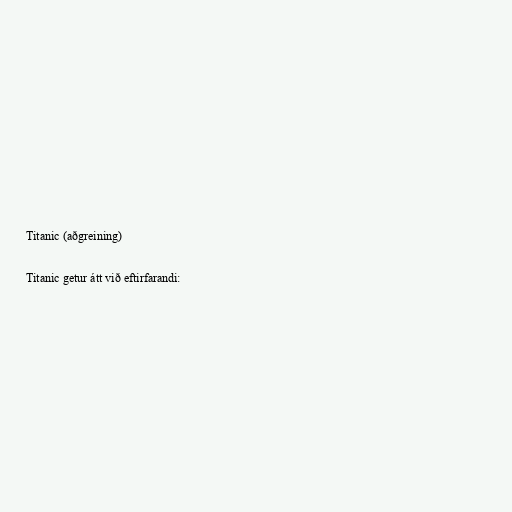
Titanic (aðgreining)

Titanic getur átt við eftirfarandi: